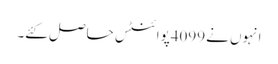
انہوں نے 4099پوائنٹس حاصل کئے۔